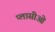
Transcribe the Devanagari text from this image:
प्लासीओ